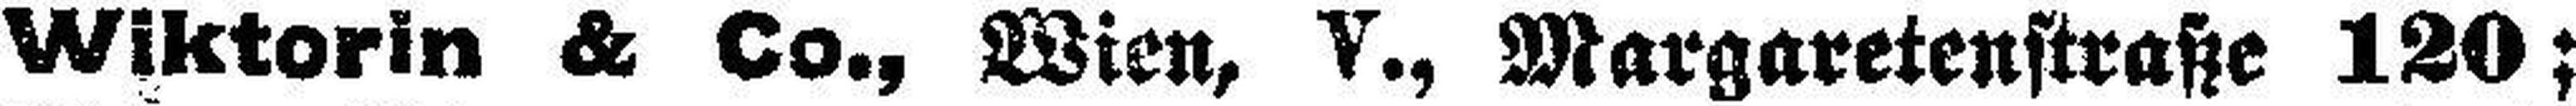
Wiktorin & Co., Wien, V., Margaretenstraße 120;